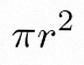
\pi r^2